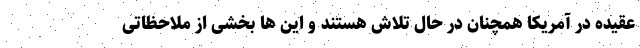
عقیده در آمریکا همچنان در حال تلاش هستند و این ها بخشی از ملاحظاتی